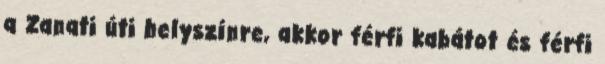
a Zanati úti helyszínre, akkor férfi kabátot és férfi